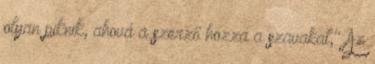
olyan piknik, ahová a szerző hozza a szavakat," Az